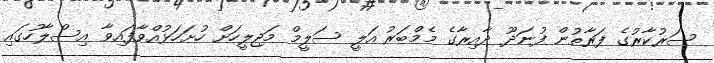
ސަރުކާރުގެ ފަރާތުން ފުނަދޫ ދާއިރާގެ މެމްބަރު އަލީ ސަލީމް މަޖިލީހަށް ހުށަހަޅުއްވާފައިވާ އިސްލާހުގައި